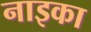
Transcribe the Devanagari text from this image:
नाइका